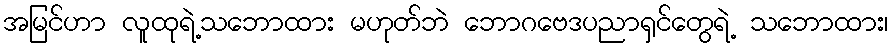
အမြင်ဟာ လူထုရဲ့သဘောထား မဟုတ်ဘဲ ဘောဂဗေဒပညာရှင်တွေရဲ့ သဘောထား၊